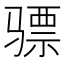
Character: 骠